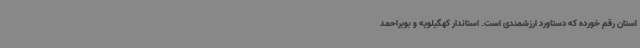
استان رقم خورده که دستاورد ارزشمندی است. استاندار کهگیلویه و بویراحمد